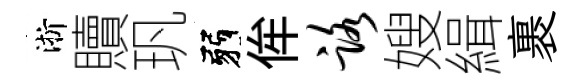
淅贖㺬弱侔路嫂緝裹